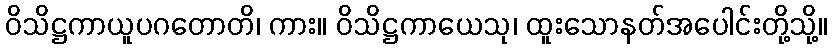
ဝိသိဋ္ဌကာယူပဂတောတိ၊ ကား။ ဝိသိဋ္ဌကာယေသု၊ ထူးသောနတ်အပေါင်းတို့သို့။